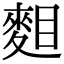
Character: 𪌔